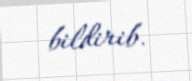
bildirib.